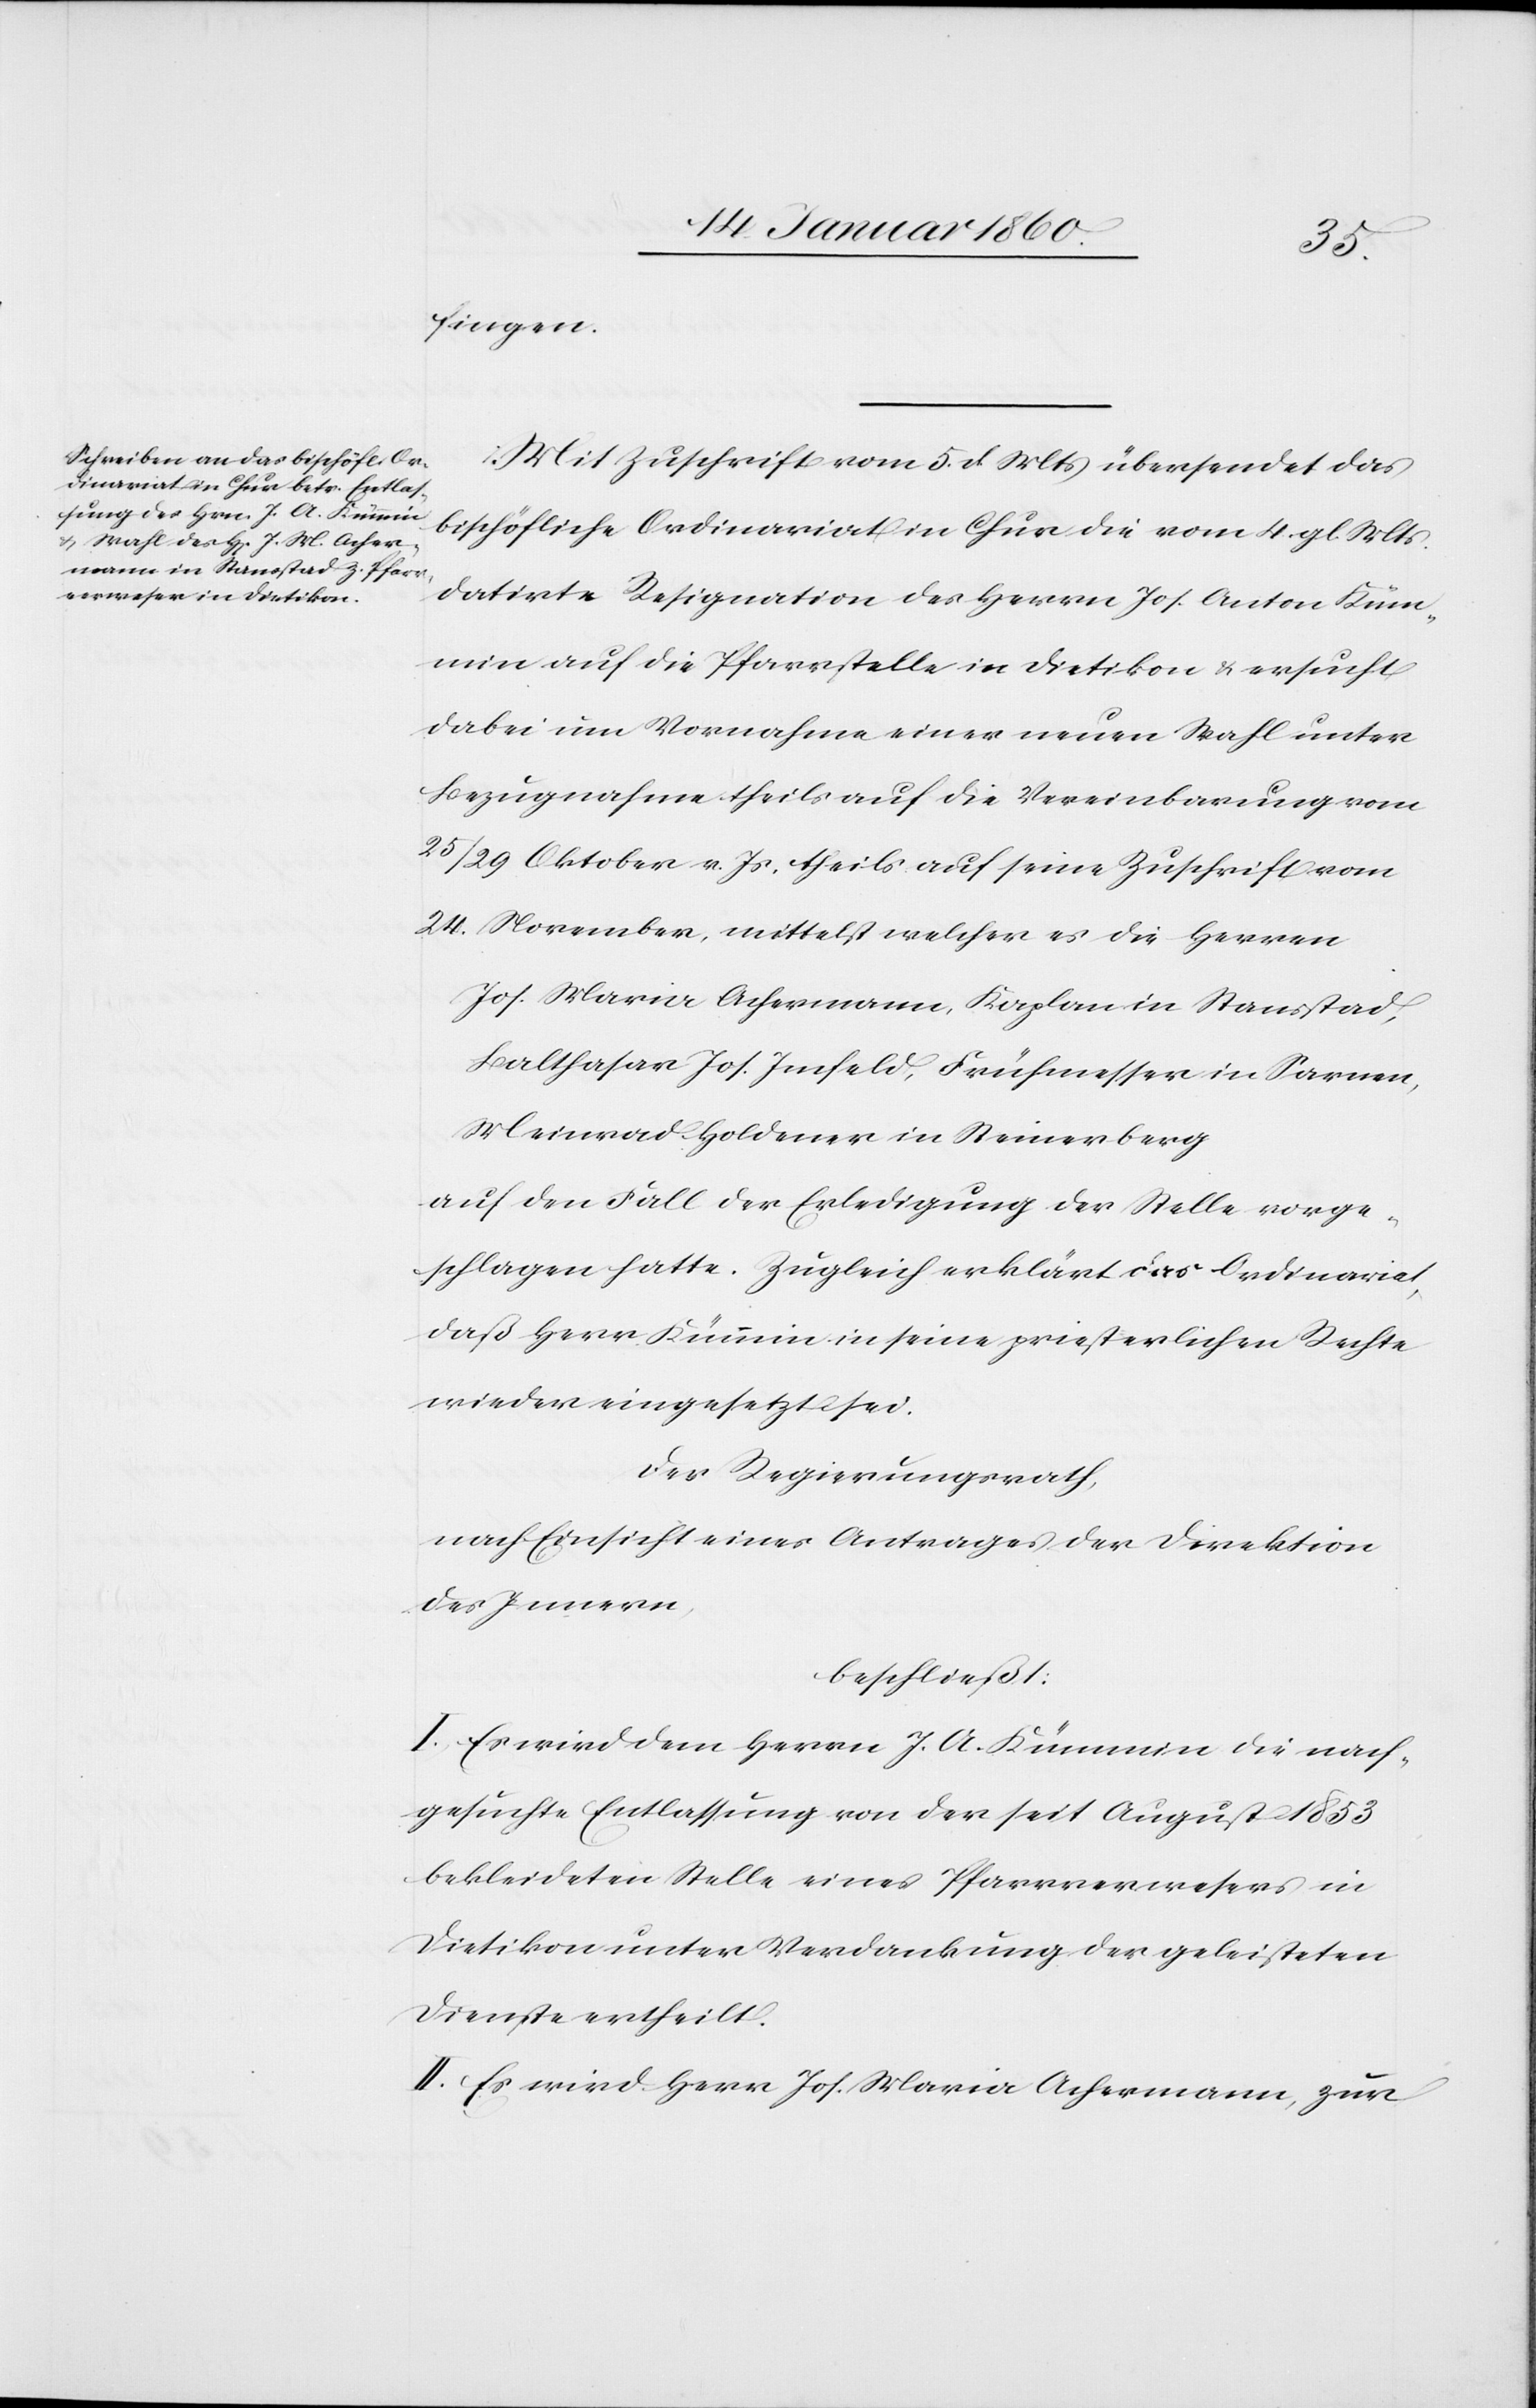
fingen.
Mit Zuschrift vom 5. d. Mts. übersendet das
bischöfliche Ordinariat in Chur die vom 4. gl. Mts
datirte Resignation des Herrn Jos. Anton Küm¬
min auf die Pfarrstelle in Dietikon u. ersucht
dabei um Vornahme einer neuen Wahl unter
Bezugnahme theils auf die Vereinbarung vom
25/29. Oktober v. Js. theils auf seine Zuschrift vom
24. November, mittelst welcher es die Herrn
Balthasar Jos. Imfeld, Frühmesser in Sarnen,
Meinrad Goldener in Steinerberg
auf den Fall der Erledigung der Stelle vorge¬
schlagen hatte. Zugleich erklärt das Ordinariat,
daß Herr Kümmin in seine priesterlichen Rechte
wieder eingesetzt sei.
Der Regierungsrath,
nach Einsicht eines Antrages der Direktion
des Innern
beschließt:
I. Es wird dem Herrn J. A. Kümmin die nach¬
gesuchte Entlassung von der seit August 1853.
bekleideten Stelle eines Pfarrverwesers in
Dietikon unter Verdankung der geleisteten
Dienste ertheilt.
II. Es wird Herr Jos. Maria Ackermann zum